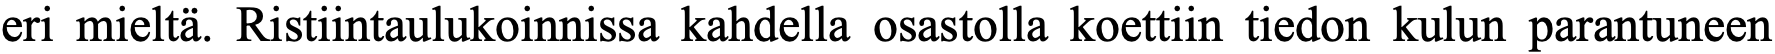
eri mieltä. Ristiintaulukoinnissa kahdella osastolla koettiin tiedon kulun parantuneen